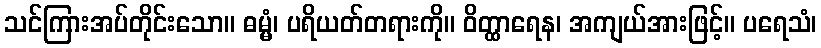
သင်ကြားအပ်တိုင်းသော။ ဓမ္မံ၊ ပရိယတ်တရားကို။ ဝိတ္ထာရေန၊ အကျယ်အားဖြင့်။ ပရေသံ၊